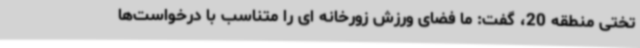
تختی منطقه 20، گفت: ما فضای ورزش زورخانه ای را متناسب با درخواست‌ها